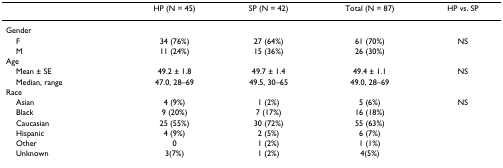
<table><thead><tr><td></td><td><b>HP (N = 45)</b></td><td><b>SP (N = 42)</b></td><td><b>Total (N = 87)</b></td><td><b>HP vs. SP</b></td></tr></thead><tbody><tr><td>Gender</td><td></td><td></td><td></td><td></td></tr><tr><td> F</td><td>34 (76%)</td><td>27 (64%)</td><td>61 (70%)</td><td>NS</td></tr><tr><td> M</td><td>11 (24%)</td><td>15 (36%)</td><td>26 (30%)</td><td></td></tr><tr><td>Age</td><td></td><td></td><td></td><td></td></tr><tr><td> Mean ± SE</td><td>49.2 ± 1.8</td><td>49.7 ± 1.4</td><td>49.4 ± 1.1</td><td>NS</td></tr><tr><td> Median, range</td><td>47.0, 28–69</td><td>49.5, 30–65</td><td>49.0, 28–69</td><td></td></tr><tr><td>Race</td><td></td><td></td><td></td><td></td></tr><tr><td> Asian</td><td>4 (9%)</td><td>1 (2%)</td><td>5 (6%)</td><td>NS</td></tr><tr><td> Black</td><td>9 (20%)</td><td>7 (17%)</td><td>16 (18%)</td><td></td></tr><tr><td> Caucasian</td><td>25 (55%)</td><td>30 (72%)</td><td>55 (63%)</td><td></td></tr><tr><td> Hispanic</td><td>4 (9%)</td><td>2 (5%)</td><td>6 (7%)</td><td></td></tr><tr><td> Other</td><td>0</td><td>1 (2%)</td><td>1 (1%)</td><td></td></tr><tr><td> Unknown</td><td>3(7%)</td><td>1 (2%)</td><td>4(5%)</td><td></td></tr></tbody></table>